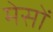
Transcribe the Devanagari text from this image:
मेसों